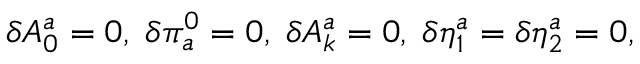
\delta A _ { 0 } ^ { a } = 0 , \; \delta \pi _ { a } ^ { 0 } = 0 , \; \delta A _ { k } ^ { a } = 0 , \; \delta \eta _ { 1 } ^ { a } = \delta \eta _ { 2 } ^ { a } = 0 ,